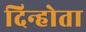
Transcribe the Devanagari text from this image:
दिन्होता